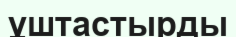
ұштастырды